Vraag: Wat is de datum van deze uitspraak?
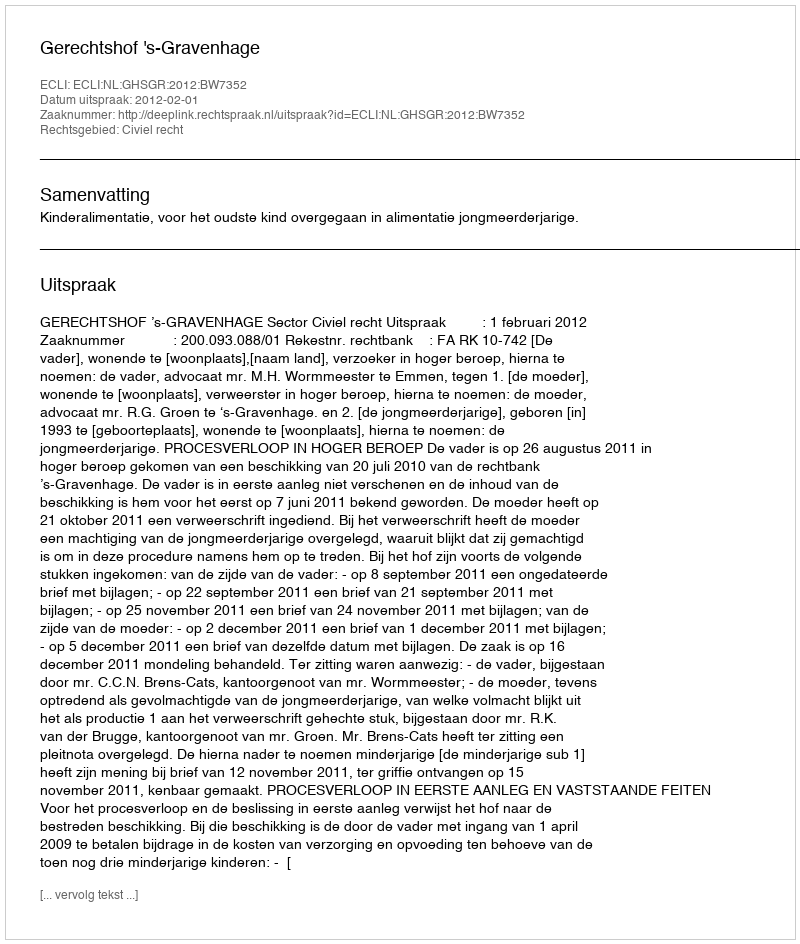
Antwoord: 2012-02-01